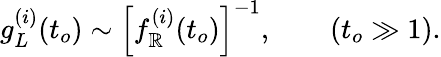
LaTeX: g_{L}^{(i)}(t_{o})\sim\left[f_{\mathbb{R}}^{(i)}(t_{o})\right]^{-1},\quad\quad(t_{o}\gg1).